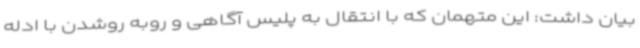
بیان داشت: این متهمان که با انتقال به پلیس آگاهی و روبه روشدن با ادله